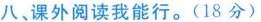
八、课外阅读我能行。(18分)